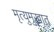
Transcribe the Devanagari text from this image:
मृत्युमुखात